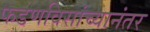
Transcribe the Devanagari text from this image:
फडणविसांच्यानंतर